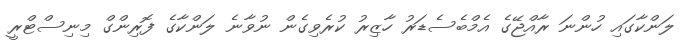
ލަންކާގައި ހުންނަ ރާއްޖޭގެ އެމްބެސެޑަރު ހާޒިރު ކުރެވިގެން ނުވާނެ ލަންކާގެ ފޮރިންގް މިނިސްޓްރީ